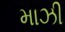
માઝી